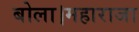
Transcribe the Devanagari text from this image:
बोला।महाराजा